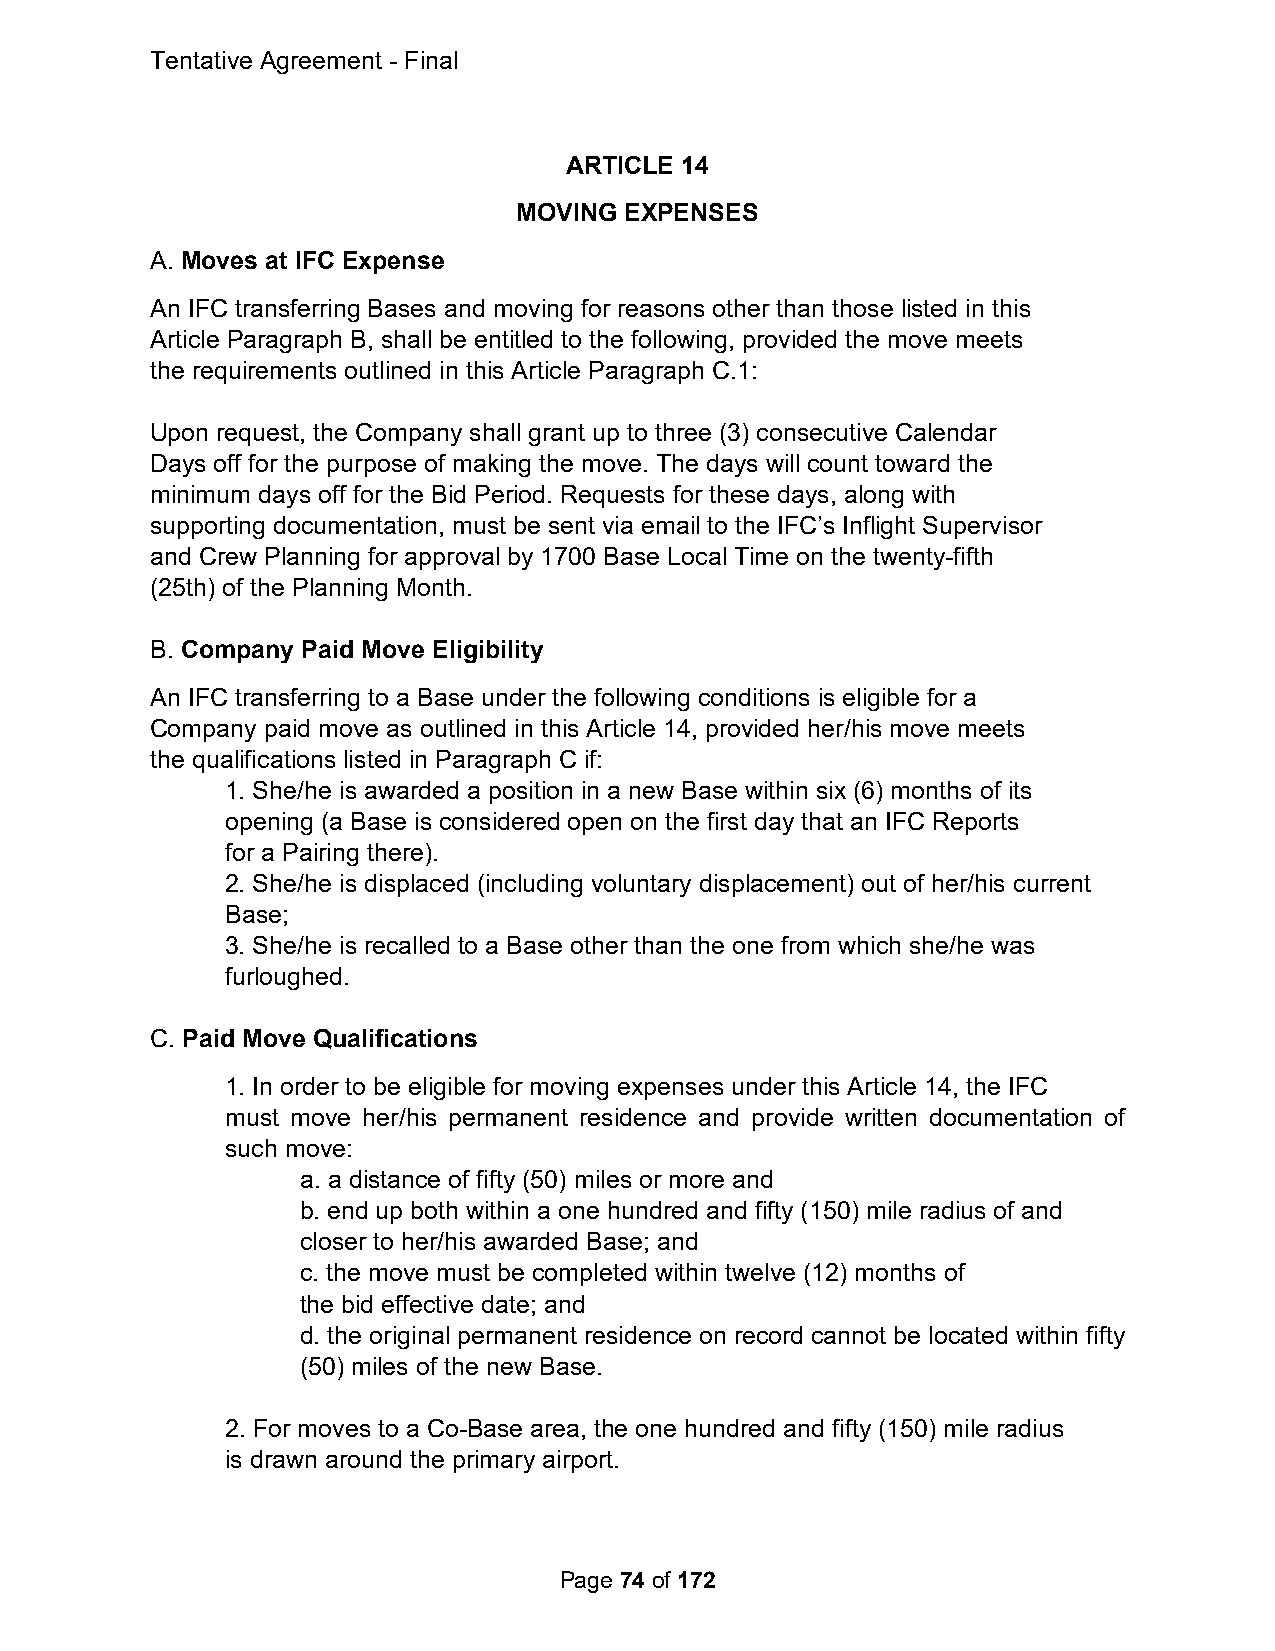
Tentative Agreement - Final
 ARTICLE 14
 MOVING EXPENSES
 A. Moves at IFC Expense
 An IFC transferring Bases and moving for reasons other than those listed in this
 Article Paragraph B, shall be entitled to the following, provided the move meets
 the requirements outlined in this Article Paragraph C.1:
 Upon request, the Company shall grant up to three (3) consecutive Calendar
 Days off for the purpose of making the move. The days will count toward the
 minimum days off for the Bid Period. Requests for these days, along with
 supporting documentation, must be sent via email to the IFC’s Inflight Supervisor
 and Crew Planning for approval by 1700 Base Local Time on the twenty-fifth
 (25th) of the Planning Month.
 B. Company Paid Move Eligibility
 An IFC transferring to a Base under the following conditions is eligible for a
 Company paid move as outlined in this Article 14, provided her/his move meets
 the qualifications listed in Paragraph C if:
 1. She/he is awarded a position in a new Base within six (6) months of its
 opening (a Base is considered open on the first day that an IFC Reports
 for a Pairing there).
 2. She/he is displaced (including voluntary displacement) out of her/his current
 Base;
 3. She/he is recalled to a Base other than the one from which she/he was
 furloughed.
 C. Paid Move Qualifications
 1. In order to be eligible for moving expenses under this Article 14, the IFC
 must move her/his permanent residence and provide written documentation of
 such move:
 a. a distance of fifty (50) miles or more and
 b. end up both within a one hundred and fifty (150) mile radius of and
 closer to her/his awarded Base; and
 c. the move must be completed within twelve (12) months of
 the bid effective date; and
 d. the original permanent residence on record cannot be located within fifty
 (50) miles of the new Base.
 2. For moves to a Co-Base area, the one hundred and fifty (150) mile radius
 is drawn around the primary airport.
 Page 74 of 172